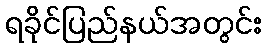
ရခိုင်ပြည်နယ်အတွင်း